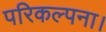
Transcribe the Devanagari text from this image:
परिकल्पना।